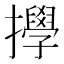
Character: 㩭